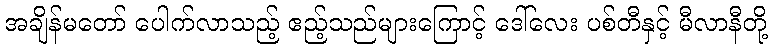
အချိန်မတော် ပေါက်လာသည့် ဧည့်သည်များကြောင့် ဒေါ်လေး ပစ်တီနှင့် မီလာနီတို့